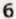
6